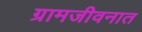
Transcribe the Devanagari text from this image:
ग्रामजीवनात